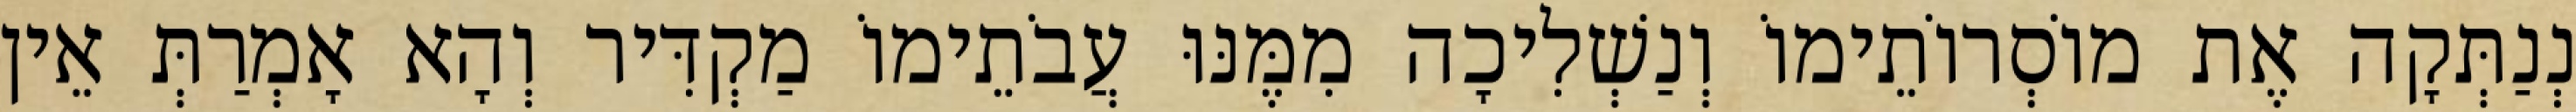
נְנַתְּקָה אֶת מוֹסְרוֹתֵימוֹ וְנַשְׁלִיכָה מִמֶּנּוּ עֲבֹתֵימוֹ מַקְדִּיר וְהָא אָמְרַתְּ אֵין